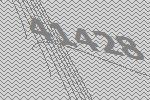
41428